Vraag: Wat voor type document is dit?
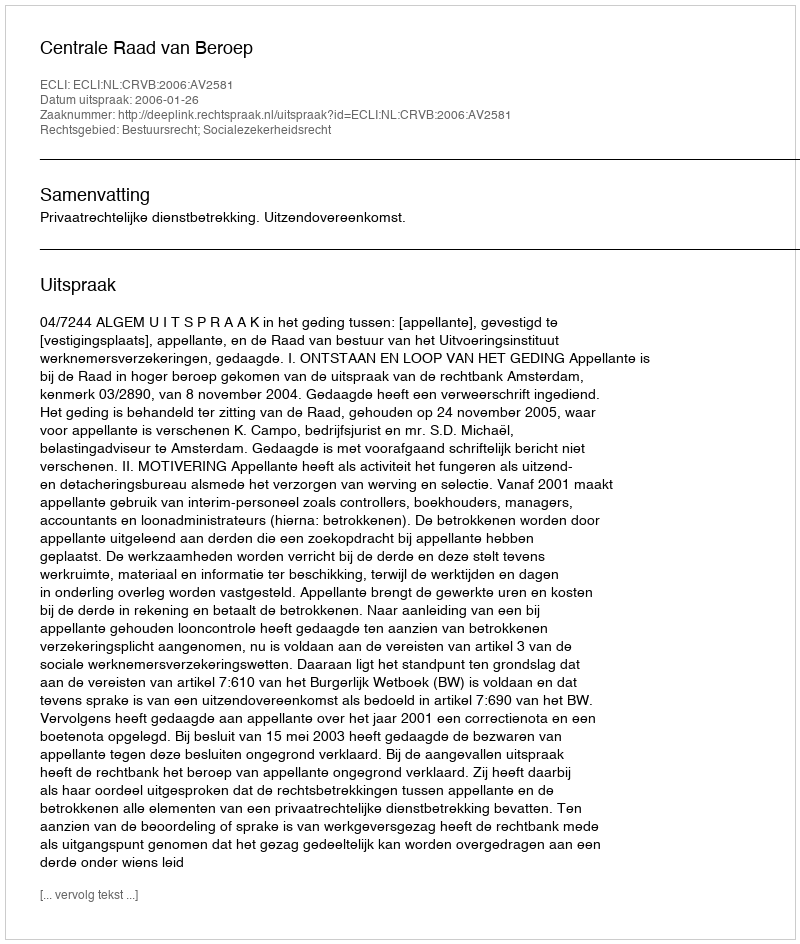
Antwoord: Uitspraak